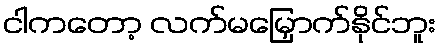
ငါကတော့ လက်မမြှောက်နိုင်ဘူး